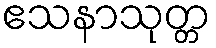
ဧသနာသုတ္တ